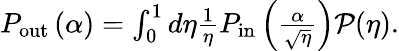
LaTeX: \begin{array}{r}{P_{\mathrm{out}}\left(\alpha\right)=\int_{0}^{1}d\eta\frac{1}{\eta}P_{\mathrm{in}}\left(\frac{\alpha}{\sqrt{\eta}}\right)\mathcal{P}(\eta).}\end{array}